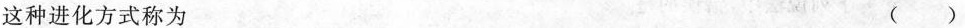
这种进化方式称为 ()